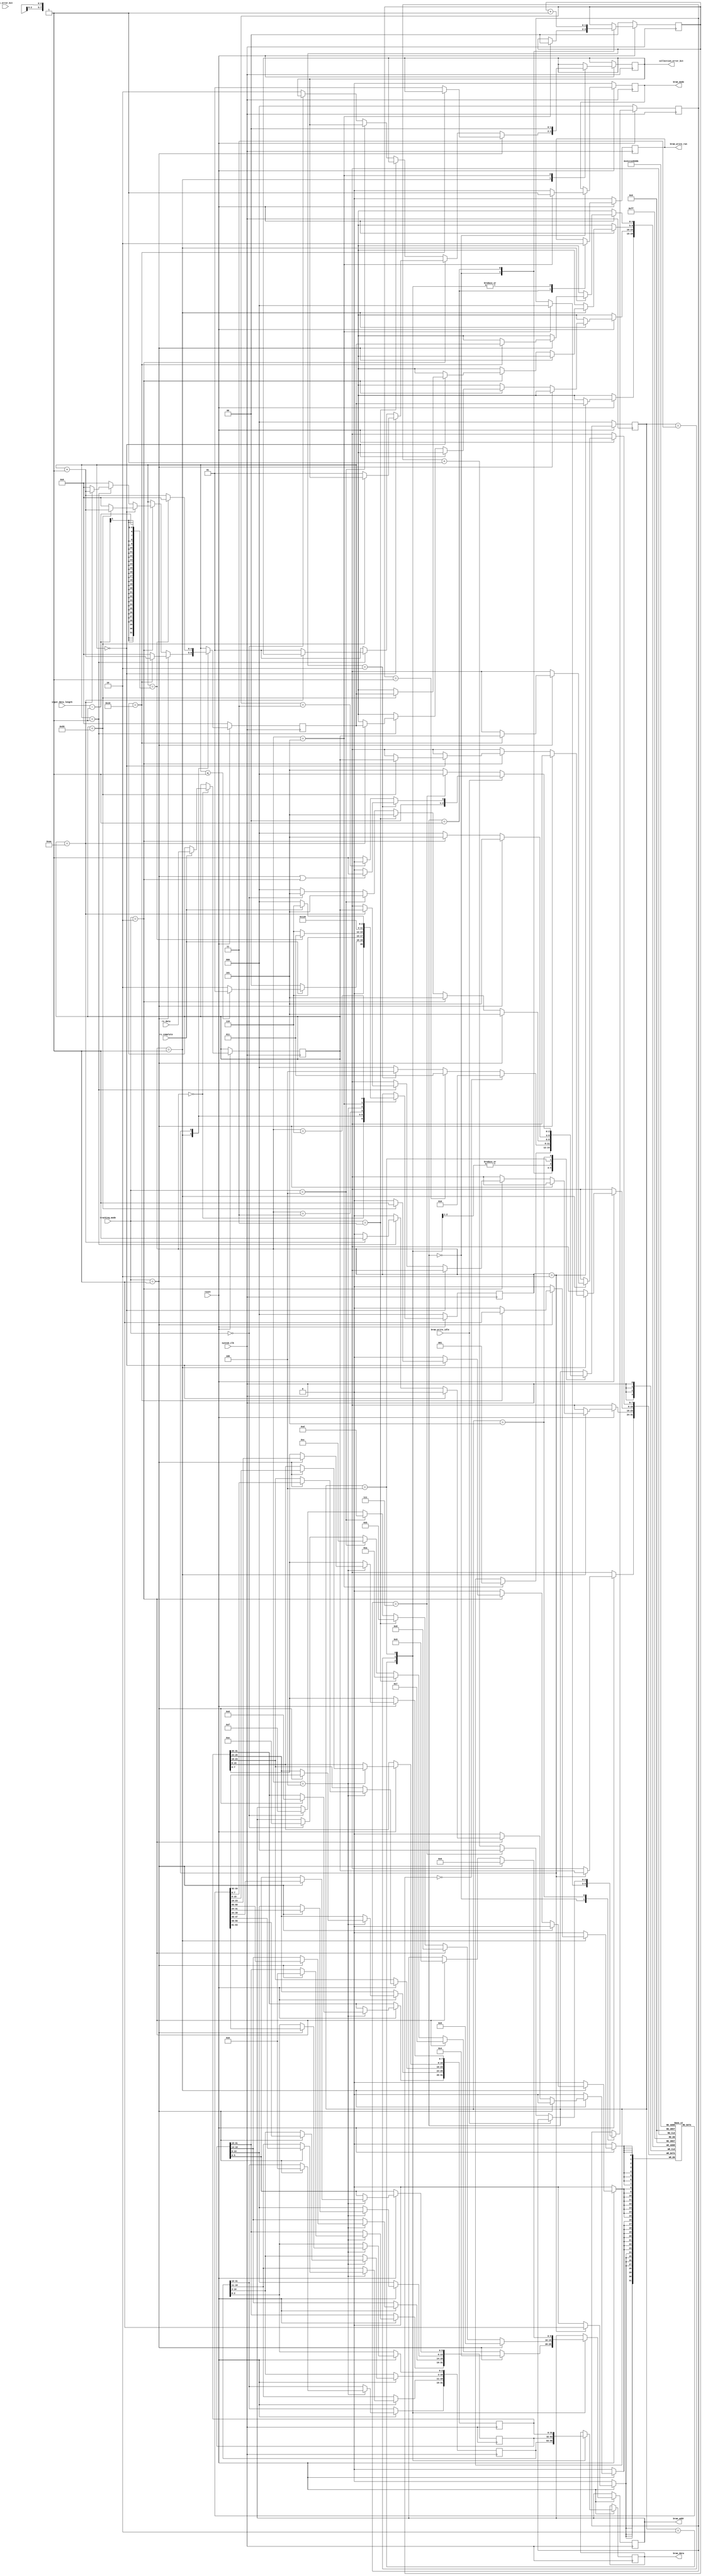
`timescale 1 ns / 1 ps

module data_collection(
        input wire          system_clk,
        input wire          reset,
        input wire [2:0]    tracking_mode,
        input wire [4:0]    input_data_length,
        input wire          rx_complete,
        input wire [1:0]    rx_error_bit,
        input wire [7:0]    rx_data,
        output wire [1:0]   collection_error_bit,
        input wire          bram_write_idle,
        output wire         bram_write_run,
        output wire         bram_mode,
        output wire [9:0]   bram_addr,
        output wire [31:0]  bram_data
    );
    
    localparam  SAVE_IDLE       = 0,
                DATA_HEADER     = 1,
                SAVE_DATA       = 2,
                CHECK_CRC       = 3,
                DATA_SPLIT      = 4,
                BRAM_DATA_SAVE  = 5,
                RX_READ_END     = 6;
                
                
    localparam  SAVE_DATA_SUCCESS		= 0,
                HEADER_MISMATCH			= 1,
				UNKNOWN_TRACKING_MODE	= 2,
                CHECKSUM_ERROR			= 3;
                
    localparam  TRACKING_MODE_NONE      = 0,
                TRACKING_MODE_MCC       = 1,
                TRACKING_MODE_RADAR     = 2,
                TRACKING_MODE_MCR       = 3,
                TRACKING_MODE_PROGRAM   = 4;
                
                
    localparam  BRAM_ADDR_MCC_AZ            = 4,
                BRAM_ADDR_MCC_EL            = 5,
                BRAM_ADDR_MCC_RANGE         = 6,
                BRAM_ADDR_RADAR_NORTH       = 7,
                BRAM_ADDR_RADAR_EAST        = 8,
                BRAM_ADDR_RADAR_UP          = 9,
                BRAM_ADDR_MCR_AZ            = 10,
                BRAM_ADDR_MCR_EL            = 11,
                BRAM_ADDR_PRE_PROGRAM_AZ    = 12,
                BRAM_ADDR_PRE_PROGRAM_EL    = 13,
                BRAM_ADDR_POSITION_AZ       = 14,
                BRAM_ADDR_POSITION_EL       = 15;
                
    reg [7:0] received_data;
    reg [7:0] rx_data_buffer[27:0];
    
    reg [2:0] save_state = SAVE_IDLE;
    reg [1:0] data_collection_error_bit = SAVE_DATA_SUCCESS;
    
    reg [31:0] split_data_1;
    reg [31:0] split_data_2;
    reg [31:0] split_data_3;
    reg tracking_flag;
    reg [4:0] save_data_count;

    
    always @(posedge system_clk) begin
        if(reset == 1'b0) begin
            save_data_count <= 0;
            save_state <= SAVE_IDLE;
            tracking_flag <= 0;
        end else begin
            case(save_state)
                SAVE_IDLE: begin
                    if(rx_complete == 1'b1)begin
                        received_data <=  rx_data;
                        if(save_data_count <= 1) begin
							tracking_flag <= 0;
                            save_state <= DATA_HEADER;
                        end else begin
                            save_state <= SAVE_DATA;
                        end                        
                    end else begin
                        save_state <= SAVE_IDLE;
                    end
                end
                
                DATA_HEADER: begin
					if(tracking_mode == TRACKING_MODE_MCC) begin
					   if(received_data == 8'h16) begin
                            rx_data_buffer[save_data_count] <= received_data;
                            save_data_count <= save_data_count + 1'b1;
                        end else begin
                            save_data_count <= 0;
                            data_collection_error_bit <= HEADER_MISMATCH;
                        end
					end else if(tracking_mode == TRACKING_MODE_RADAR) begin
					   if(save_data_count == 0) begin
					       if(received_data == 8'h55) begin
                                rx_data_buffer[save_data_count] <= received_data;
                                save_data_count <= save_data_count + 1'b1;
                            end else begin
                                save_data_count <= 0;
                                data_collection_error_bit <= HEADER_MISMATCH;
                            end
					   end else if(save_data_count == 1) begin
					       if(received_data == 8'hAA) begin
                                rx_data_buffer[save_data_count] <= received_data;
                                save_data_count <= save_data_count + 1'b1;
                            end else begin
                                save_data_count <= 0;
                                data_collection_error_bit <= HEADER_MISMATCH;
                            end
					   end else begin
					       save_data_count <= 0;
					       data_collection_error_bit <= HEADER_MISMATCH;
					   end
                    end else if(tracking_mode == TRACKING_MODE_MCR) begin
                    
                    end else if(tracking_mode == TRACKING_MODE_PROGRAM) begin
                    
                    end else if(tracking_mode == TRACKING_MODE_NONE) begin
                        
					end else begin
					   data_collection_error_bit <= UNKNOWN_TRACKING_MODE;
					end
                    save_state <= RX_READ_END;                
                end
                
                SAVE_DATA: begin
                    rx_data_buffer[save_data_count] <= received_data;
                    if(save_data_count == input_data_length-1) begin
                        save_data_count <= 0;
                        save_state <= CHECK_CRC;
                    end else begin
                        save_data_count <= save_data_count + 1'b1;
                        save_state <= RX_READ_END;
                    end
                end
                
                CHECK_CRC: begin
                    save_state <= DATA_SPLIT;
//                    data_collection_error_bit <= CHECKSUM_ERROR;
                end
                
                DATA_SPLIT: begin
                    if(tracking_mode == TRACKING_MODE_MCC) begin
                        split_data_1[2:0]   <= rx_data_buffer[8][7:5];
                        split_data_1[10:3]  <= rx_data_buffer[7];
                        split_data_1[18:11] <= rx_data_buffer[6];
                        if(rx_data_buffer[6][7:7] == 1)begin
                            split_data_1[31:19] <= 13'b0;
                        end else begin
                            split_data_1[31:19] <= 13'b0;
                        end
                        
                        split_data_2[5:0]   <= rx_data_buffer[10][7:2];
                        split_data_2[13:6]  <= rx_data_buffer[9];
                        split_data_2[18:14] <= rx_data_buffer[8][4:0];                        
                        if(rx_data_buffer[8][4:4] == 1)begin
                            split_data_2[31:19] <= 13'b0;
                        end else begin
                            split_data_2[31:19] <= 13'b0;
                        end
                        
                        split_data_3[7:0]   <= rx_data_buffer[13];
                        split_data_3[15:8]  <= rx_data_buffer[12];
                        split_data_3[23:16] <= rx_data_buffer[11];
                        split_data_3[25:24] <= rx_data_buffer[10][1:0];
                        if(rx_data_buffer[10][1:1] == 1)begin
                            split_data_3[31:26] <= 6'b0;
                        end else begin
                            split_data_3[31:26] <= 6'b0;
                        end
                    
                        tracking_flag <= rx_data_buffer[14][7:7];
                    end else if(tracking_mode == TRACKING_MODE_RADAR) begin
                    end else if(tracking_mode == TRACKING_MODE_MCR) begin
                    end else if(tracking_mode == TRACKING_MODE_PROGRAM) begin
                    end else if(tracking_mode == TRACKING_MODE_NONE) begin
                    end
                    save_state <= BRAM_DATA_SAVE;
                end
                
                BRAM_DATA_SAVE: begin
                    save_state <= SAVE_IDLE;
                    data_collection_error_bit <= SAVE_DATA_SUCCESS;
                end
                
                RX_READ_END: begin
                    if(rx_complete == 1'b0) begin
                        save_state <= SAVE_IDLE;
                    end else begin
                        save_state <= RX_READ_END;
                    end                    
                end
            endcase
        end
    end
    
    assign collection_error_bit = data_collection_error_bit;
    
    
    
    localparam  BRAM_SAVE_IDLE      = 0,
                BRAM_WRITE_START    = 1,
                BRAM_WRITE_DATA1    = 2,
                BRAM_WRITE_DATA2    = 3,
                BRAM_WRITE_DATA3    = 4,
                BRAM_WRITE_DONE     = 5;
              
    reg [2:0] bram_write_state      = BRAM_SAVE_IDLE;
    reg bram_write_run_enable       = 1'h0;
    reg [1:0] bram_write_data_count = 2'h0;
    reg [31:0] reg_bram_data        = 32'h0;
    reg [9:0] reg_bram_addr         = 9'h0;
    reg [2:0] bram_write_done_count = 3'h0;
    reg reg_bram_mode               = 1'b0;
    
    always @(posedge system_clk) begin
        if(reset == 1'b0) begin
            bram_write_state = BRAM_SAVE_IDLE;            
			bram_write_data_count <= 2'h0;
			bram_write_done_count <= 3'h0;
			bram_write_run_enable <= 1'b0;
            reg_bram_mode <= 1'b0;
        end else begin
            case(bram_write_state)
                BRAM_SAVE_IDLE: begin
                    if(save_state == BRAM_DATA_SAVE)begin
                        bram_write_state <= BRAM_WRITE_START;
                        bram_write_data_count <= 2'h0;
                        bram_write_done_count <= 3'h0;
                        reg_bram_mode <= 1'b1;
                    end else begin
                        reg_bram_mode <= 1'b0;
                    end
                end
                
                BRAM_WRITE_START: begin
                    bram_write_run_enable = 1'b1;
                    if(bram_write_data_count == 2'd0) begin
                        bram_write_state <= BRAM_WRITE_DATA1;
                    end else if(bram_write_data_count == 2'd1) begin
                        bram_write_state <= BRAM_WRITE_DATA2;
                    end else if(bram_write_data_count == 2'd2) begin
                        bram_write_state <= BRAM_WRITE_DATA3;
                    end else begin
                        bram_write_state <= BRAM_SAVE_IDLE;
                    end
                    bram_write_data_count <= bram_write_data_count + 2'b1;
                end                
                
                BRAM_WRITE_DATA1: begin
                    bram_write_run_enable = 1'b0;
                    reg_bram_data <= split_data_1;
                    bram_write_state <= BRAM_WRITE_DONE;
                    if(tracking_mode == TRACKING_MODE_MCC) begin
                        reg_bram_addr <= BRAM_ADDR_MCC_AZ;
                    end else if(tracking_mode == TRACKING_MODE_RADAR) begin
                        reg_bram_addr <= BRAM_ADDR_RADAR_NORTH;
                    end else if(tracking_mode == TRACKING_MODE_MCR) begin
                        reg_bram_addr <= BRAM_ADDR_MCR_AZ;
                    end else if(tracking_mode == TRACKING_MODE_PROGRAM) begin
                        reg_bram_addr <= BRAM_ADDR_PRE_PROGRAM_AZ;
                    end else if(tracking_mode == TRACKING_MODE_NONE) begin
                        reg_bram_addr <= BRAM_ADDR_POSITION_AZ;
                    end else begin
                        bram_write_state <= BRAM_SAVE_IDLE;
                    end
                end
                
                BRAM_WRITE_DATA2: begin
                    bram_write_run_enable = 1'b0;
                    reg_bram_data <= split_data_2;
                    bram_write_state <= BRAM_WRITE_DONE;
                    if(tracking_mode == TRACKING_MODE_MCC) begin
                        reg_bram_addr <= BRAM_ADDR_MCC_EL;
                    end else if(tracking_mode == TRACKING_MODE_RADAR) begin
                        reg_bram_addr <= BRAM_ADDR_RADAR_EAST;
                    end else if(tracking_mode == TRACKING_MODE_MCR) begin
                        reg_bram_addr <= BRAM_ADDR_MCR_EL;
                    end else if(tracking_mode == TRACKING_MODE_PROGRAM) begin
                        reg_bram_addr <= BRAM_ADDR_PRE_PROGRAM_EL;
                    end else if(tracking_mode == TRACKING_MODE_NONE) begin      
                        reg_bram_addr <= BRAM_ADDR_POSITION_EL;              
                    end else begin
                        bram_write_state <= BRAM_SAVE_IDLE;
                    end
                end
                
                BRAM_WRITE_DATA3: begin
                    bram_write_run_enable = 1'b0;
                    reg_bram_data <= split_data_3;
                    bram_write_state <= BRAM_WRITE_DONE;
                    if(tracking_mode == TRACKING_MODE_MCC) begin
                        reg_bram_addr <= BRAM_ADDR_MCC_RANGE;
                    end else if(tracking_mode == TRACKING_MODE_RADAR) begin
                        reg_bram_addr <= BRAM_ADDR_RADAR_UP;                   
                    end else begin
                        bram_write_state <= BRAM_SAVE_IDLE;
                    end
                end
                
                BRAM_WRITE_DONE: begin
                    if(bram_write_idle == 1'b1) begin
                        if(bram_write_data_count == 3'd2) begin
                            if(tracking_mode == TRACKING_MODE_MCC || tracking_mode == TRACKING_MODE_RADAR) begin
                                bram_write_state <= BRAM_WRITE_START;
                            end else begin
                                bram_write_state <= BRAM_SAVE_IDLE;
                            end
                        end else if(bram_write_data_count == 3'd3) begin
                            bram_write_state <= BRAM_SAVE_IDLE;
                        end else begin
                            bram_write_state <= BRAM_WRITE_START;
                        end
                    end else begin
                        if(bram_write_done_count == 3'd7) begin 
                            bram_write_state <= BRAM_SAVE_IDLE;
                            bram_write_done_count <= 0;
                        end else begin
                            bram_write_state <= BRAM_WRITE_DONE;
                            bram_write_done_count <= bram_write_done_count + 1'b1;
                        end
                    end
                end
            endcase
        end
    end
    
    assign bram_write_run   = bram_write_run_enable;
    assign bram_data        = reg_bram_data;
    assign bram_addr        = reg_bram_addr;
    assign bram_mode        = reg_bram_mode;
endmodule